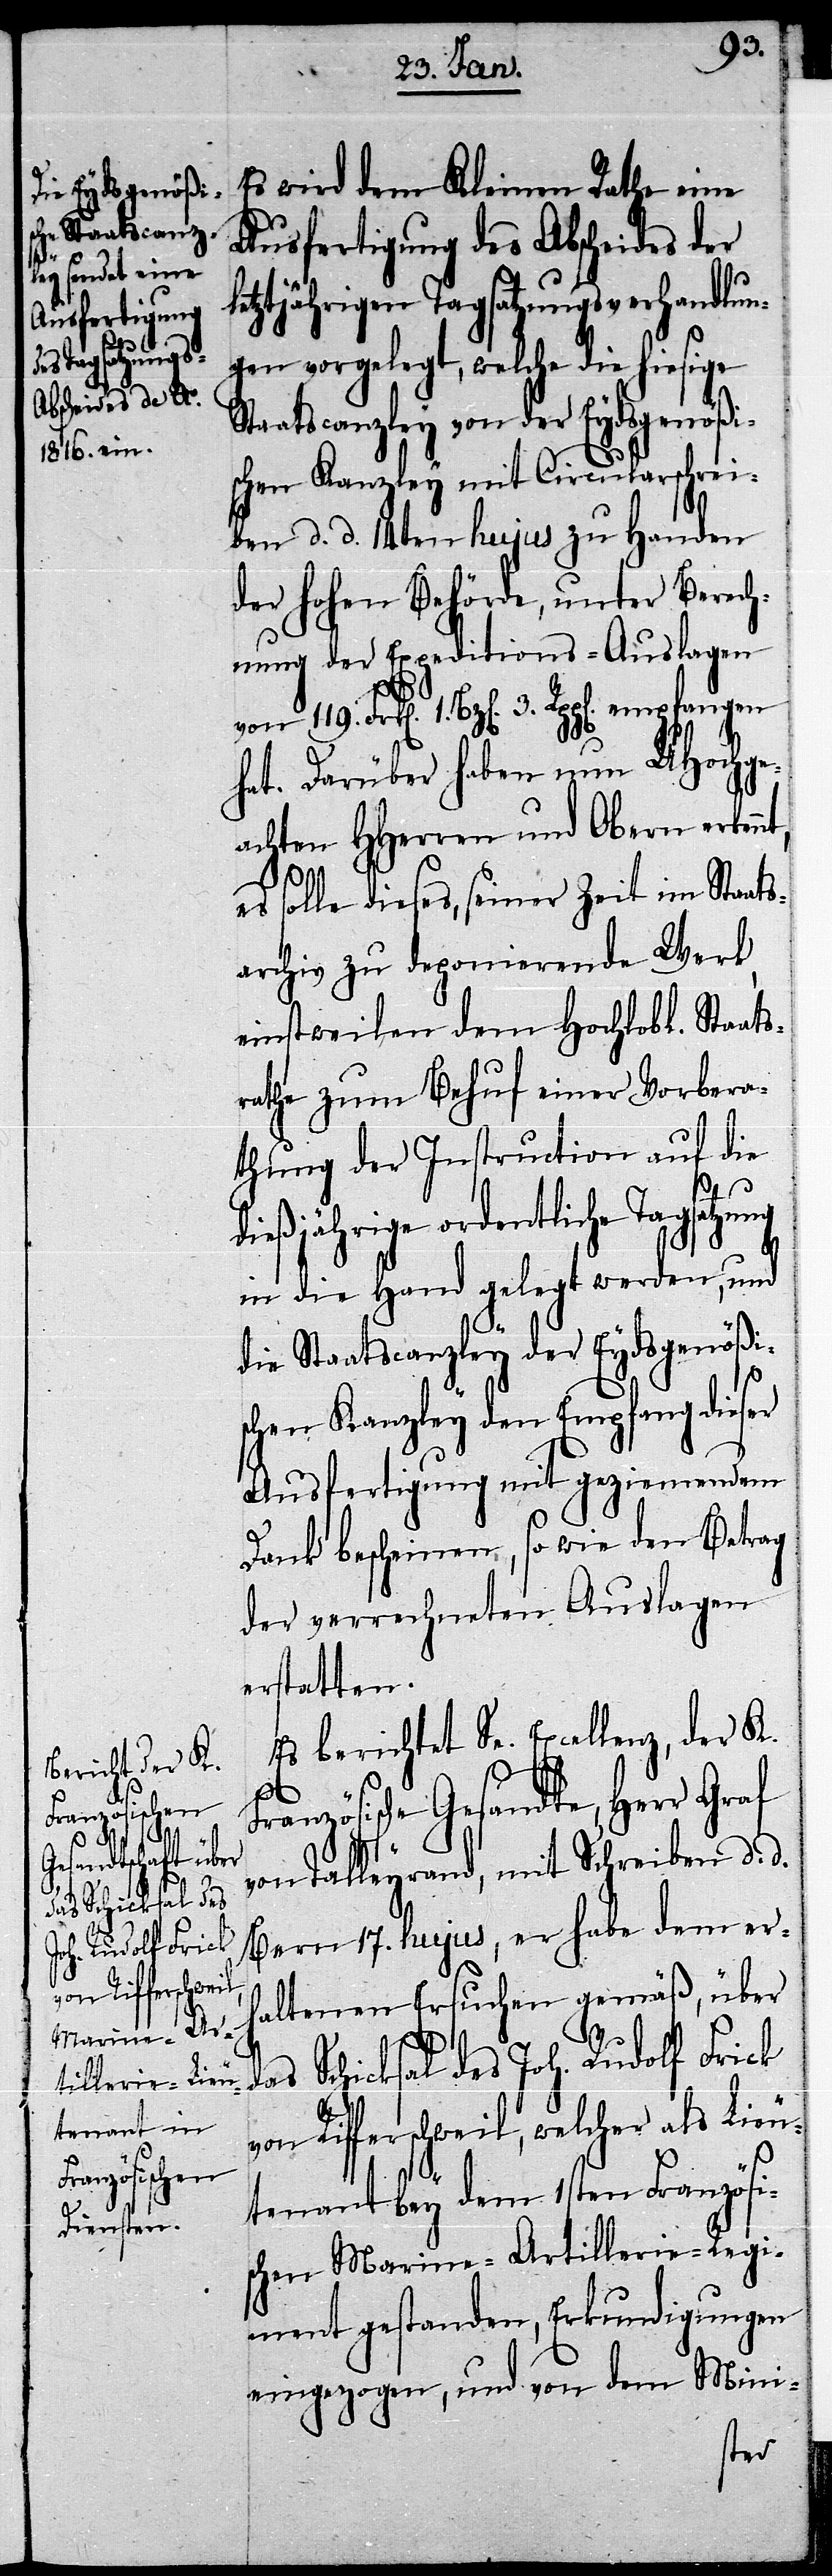
berichtet Se.
der K.
l¬

Es wird dem Kleinen Rathe eine
Ausfertigung des Abscheides der
etztjährigen Tagsatzungsverhandlun¬
gen vorgelegt, welche die hiesige
Staatscanzley von der Eydsgenößi¬
schen Kanzley mit Circularschrei¬
ben d. d. 14ten hujus zu Handen
der hohen Behörde, unter Berech¬
nung der Expeditions-Auslagen
von 119. Frk[en]. 1. Bz[en]. 3. Rpp[en]. empfangen
hat. Darüber haben nun UHochge¬
achten HHerren und Obern erkenn¬
es solle dieses, seiner Zeit im Staats¬
archiv zu deponierende Werk,
einstweilen dem Hochlobl. Staats¬
rathe zum Behuf einer Vorbera¬
thung der Instruction auf die
t,
dießjährige ordentliche Tagsatzung
in die Hand gelegt werden, und
die Staatscanzley der Eydsgenößi¬
Es
schen Kanzley den Empfang dieser
Ausfertigung mit geziemendem
Dank bescheinen, so wie den Betrag
der verrechneten Auslagen
erstatten.
ranzösische Gesandte, Herr Graf
von Talleyrand, mit Schreiben d. d.
Bern 17. hujus, er habe dem erh¬
altenen Ersuchen gemäß, über
das Schicksal des Joh. Rudolf Frick
von Rifferschweil, welcher als Lieu¬
F¬
tenant bey dem 1sten Französi¬
schen Marine-Artillerie-Regi¬
ment gestanden, Erkundigungen
eingezogen, und von dem Mini-